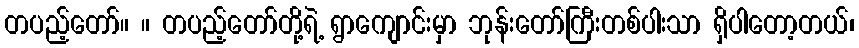
တပည့်တော်။ ။ တပည့်တော်တို့ရဲ့ ရွာကျောင်းမှာ ဘုန်းတော်ကြီးတစ်ပါးသာ ရှိပါတော့တယ်၊